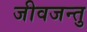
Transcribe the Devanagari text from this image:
जीवजन्तु